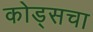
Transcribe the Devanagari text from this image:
कोड्सचा